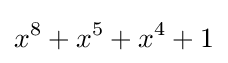
x^{8}+x^{5}+x^{4}+1